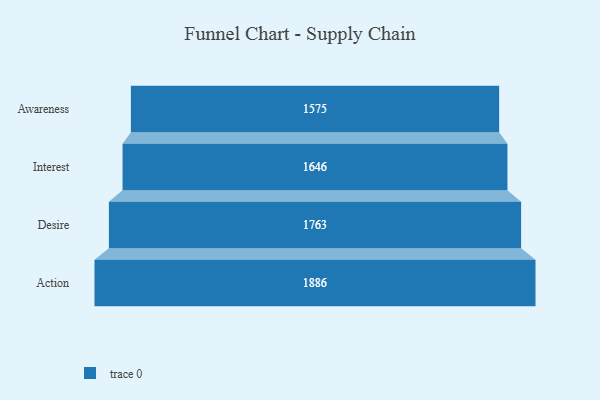
{"axis": {"x": "Stage", "y": "Value"}, "legend": [""], "data": [{"x": "Awareness", "y": 1575.0, "type": ""}, {"x": "Interest", "y": 1646.0, "type": ""}, {"x": "Desire", "y": 1763.0, "type": ""}, {"x": "Action", "y": 1886.0, "type": ""}]}